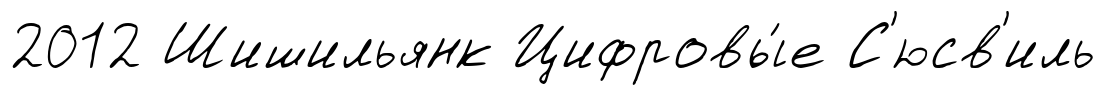
2012 Шишильянк Цифровы́е С'юсв'иль